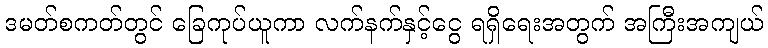
ဒမတ်စကတ်တွင် ခြေကုပ်ယူကာ လက်နက်နှင့်ငွေ ရရှိရေးအတွက် အကြီးအကျယ်